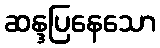
ဆန္ဒပြနေသော